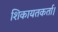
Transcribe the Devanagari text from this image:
शिकायतकर्ता।